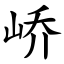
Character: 峤